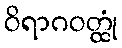
ဝိရာဂဝတ္ထုံ